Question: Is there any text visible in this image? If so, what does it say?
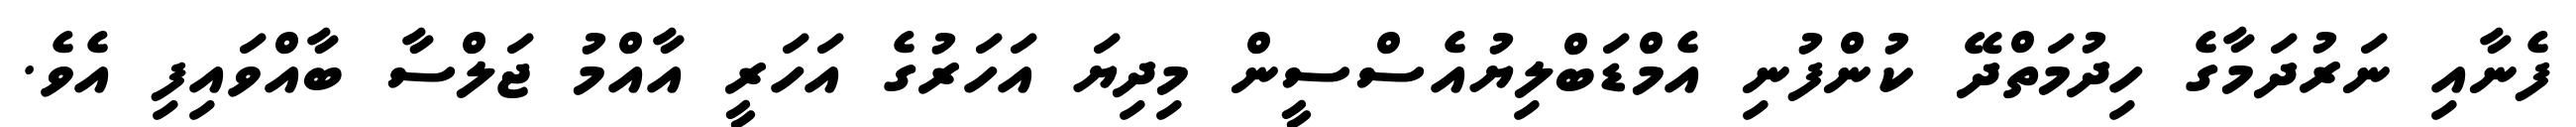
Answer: ފެނާއި ނަރުދަމާގެ ހިދުމަތްދޭ ކުންފުނި އެމްޑަބްލިޔުއެސްސީން މިދިޔަ އަހަރުގެ އަހަރީ އާއްމު ޖަލްސާ ބާއްވައިފި އެވެ.